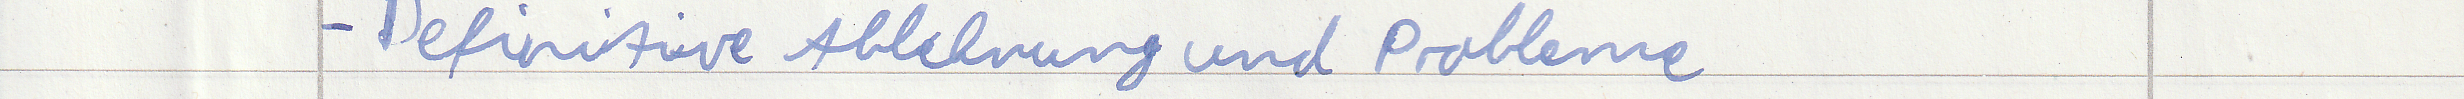
- Definitive Ablehnung und Probleme